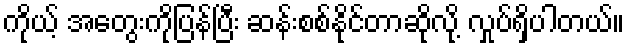
ကိုယ့် အတွေးကိုပြန်ပြီး ဆန်းစစ်နိုင်တာဆိုလို့ လှုပ်ရှိပါတယ်။